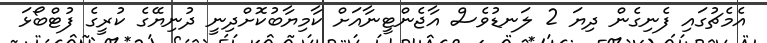
އެމެޗުގައި ފެނިގެން ދިޔަ 2 ލަނޑުވެސް އާޖެންޓީނާއަށް ކާމިޔާބުކޮށްދިނީ ދުނިޔޭގެ ކުރީގެ ފުޓްބޯޅަ